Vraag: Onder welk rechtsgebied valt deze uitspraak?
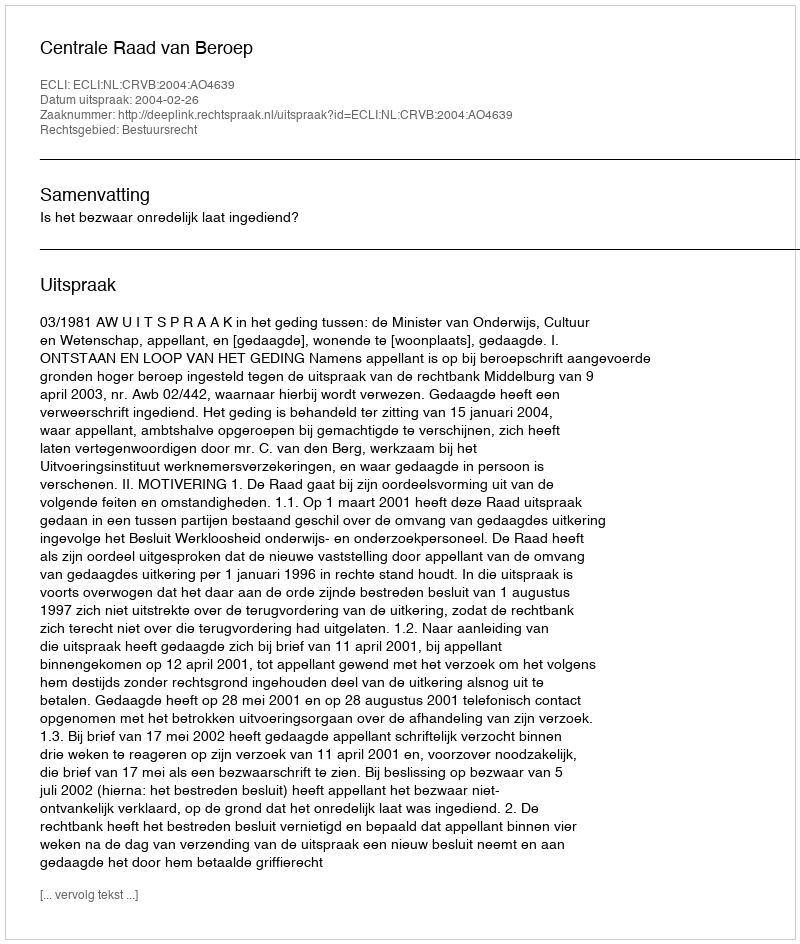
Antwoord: Bestuursrecht